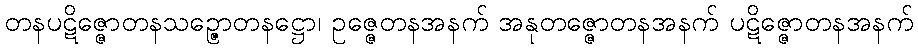
တနပဋိဇ္ဇောတနသဉ္ဇောတနဋ္ဌော၊ ဥဇ္ဇေတနအနက် အနုတဇ္ဇောတနအနက် ပဋိဇ္ဇောတနအနက်